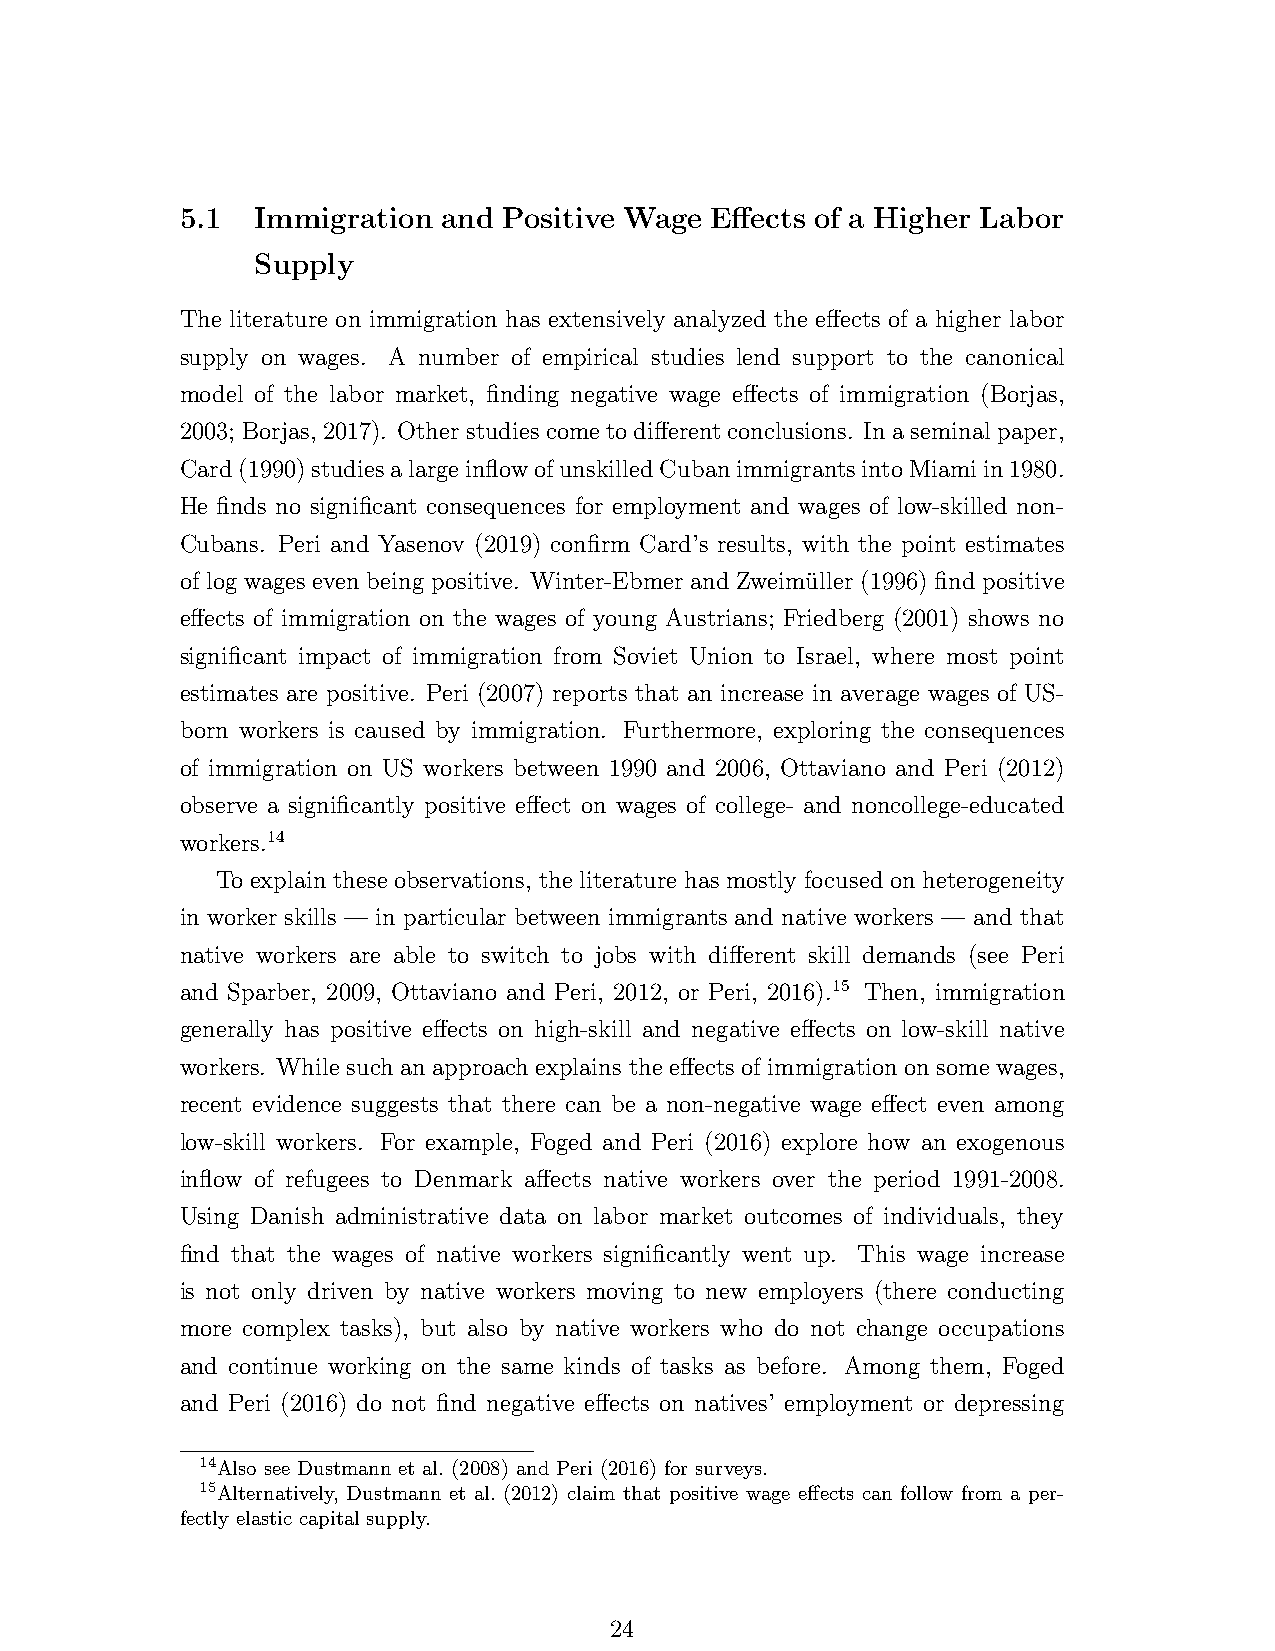
5.1  Immigration and Positive Wage Effects of a Higher Labor
 Supply
 The literature on immigration has extensively analyzed the effects of a higher labor
 supply on wages. A number of empirical studies lend support to the canonical
 model of the labor market, finding negative wage effects of immigration (Borjas,
 2003; Borjas,2017). Otherstudiescometodifferentconclusions. Inaseminalpaper,
 Card(1990)studiesalargeinflowofunskilledCubanimmigrantsintoMiamiin1980.
 He finds no significant consequences for employment and wages of low-skilled non-
 Cubans. Peri and Yasenov (2019) confirm Card’s results, with the point estimates
 of log wages even being positive. Winter-Ebmer and Zweimüller (1996) find positive
 effects of immigration on the wages of young Austrians; Friedberg (2001) shows no
 significant impact of immigration from Soviet Union to Israel, where most point
 estimates are positive. Peri (2007) reports that an increase in average wages of US-
 born workers is caused by immigration. Furthermore, exploring the consequences
 of immigration on US workers between 1990 and 2006, Ottaviano and Peri (2012)
 observe a significantly positive effect on wages of college- and noncollege-educated
 workers.14
 To explain these observations, the literature has mostly focused on heterogeneity
 in worker skills — in particular between immigrants and native workers — and that
 native workers are able to switch to jobs with different skill demands (see Peri
 and Sparber, 2009, Ottaviano and Peri, 2012, or Peri, 2016).15 Then, immigration
 generally has positive effects on high-skill and negative effects on low-skill native
 workers. While such an approach explains the effects of immigration on some wages,
 recent evidence suggests that there can be a non-negative wage effect even among
 low-skill workers. For example, Foged and Peri (2016) explore how an exogenous
 inflow of refugees to Denmark affects native workers over the period 1991-2008.
 Using Danish administrative data on labor market outcomes of individuals, they
 find that the wages of native workers significantly went up. This wage increase
 is not only driven by native workers moving to new employers (there conducting
 more complex tasks), but also by native workers who do not change occupations
 and continue working on the same kinds of tasks as before. Among them, Foged
 and Peri (2016) do not find negative effects on natives’ employment or depressing
 14Also see Dustmann et al. (2008) and Peri (2016) for surveys.
 15Alternatively, Dustmann et al. (2012) claim that positive wage effects can follow from a per-
 fectly elastic capital supply.
 24